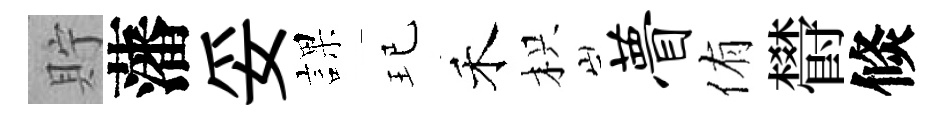
貯藩妥課玘禾枳瞢侑欎倐